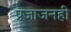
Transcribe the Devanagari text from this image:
प्रजाजनही